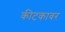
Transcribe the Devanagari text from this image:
कीटकावर